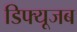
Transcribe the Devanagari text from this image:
डिफ्यूजब